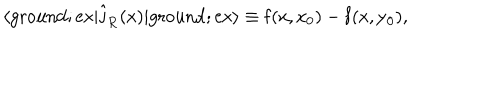
LaTeX: \langle \mathrm { g r o u n d } ; \mathrm { e x | \hat { j } _ { R } ( x ) | \mathrm { g r o u n d } ; \mathrm { e x \rangle \equiv f ( x , x _ { 0 } ) - f ( x , y _ { 0 } ) , } }